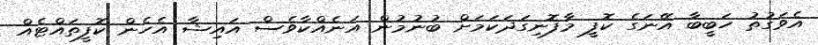
އެވަގުތު ހަބީބާ އޭނަގެ ކޮފީ މާފޮނިގަދަކަމަށް ބުނުމުން އަނެއްކާވެސް އައިޝާ އެހެން ކޮފީތައްޓެއް